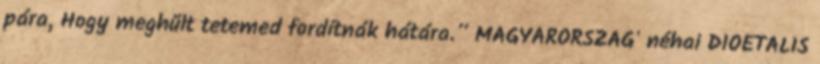
pára, Hogy meghűlt tetemed fordítnák hátára.” MAGYARORSZÁG' néhai DIOETALIS